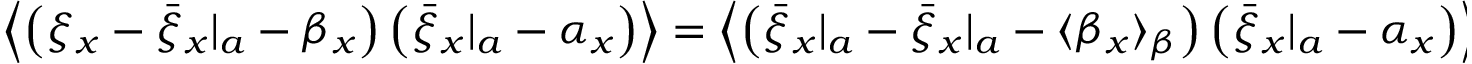
\begin{array} { r } { \left\langle \left( \xi _ { x } - { \bar { \xi } _ { x } } | _ { a } - \beta _ { x } \right) \left( { \bar { \xi } _ { x } } | _ { a } - \alpha _ { x } \right) \right\rangle = \left\langle \left( { \bar { \xi } _ { x } } | _ { a } - { \bar { \xi } _ { x } } | _ { a } - \langle \beta _ { x } \rangle _ { \beta } \right) \left( { \bar { \xi } _ { x } } | _ { a } - \alpha _ { x } \right) \right\rangle _ { a , \alpha } \; . } \end{array}